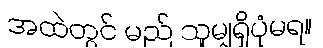
အထဲတွင် မည် သူမျှရှိပုံမရ။